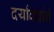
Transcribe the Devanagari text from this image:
दर्यावर्द्याने